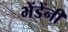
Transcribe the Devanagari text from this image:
भेंडेंनी